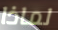
لماذا